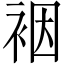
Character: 裀